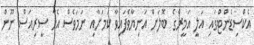
އެކްސިޑެންޓްގައި އަލީ އަމީރްގެ ބޮލަށް އަނިޔާވެފައިވާ ކަމަށާއި ނަމަވެސް އެހާ ސީރިއަސް ނޫން